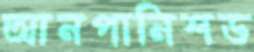
আনপানিশড